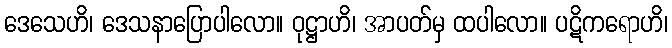
ဒေသေဟိ၊ ဒေသနာပြောပါလော။ ဝုဋ္ဌာဟိ၊ အာပတ်မှ ထပါလော။ ပဋိကရောဟိ၊